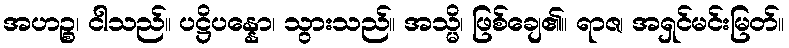
အဟဉ္စ၊ ငါသည်။ ပဋ္ဌိပန္နော၊ သွားသည်။ အသ္မိ၊ ဖြစ်ချေ၏။ ရာဇ၊ အရှင်မင်းမြတ်။